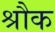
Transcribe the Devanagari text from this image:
श्रौक